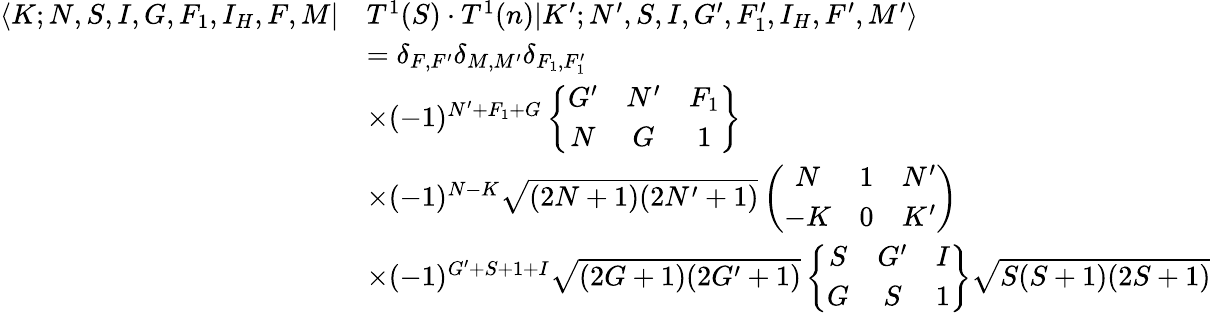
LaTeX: \begin{array}{rl}{\langle K;N,S,I,G,F_{1},I_{H},F,M|}&{T^{1}(S)\cdot T^{1}(n)|K^{\prime};N^{\prime},S,I,G^{\prime},F_{1}^{\prime},I_{H},F^{\prime},M^{\prime}\rangle}\\ &{=\delta_{F,F^{\prime}}\delta_{M,M^{\prime}}\delta_{F_{1},F_{1}^{\prime}}}\\ &{\times(-1)^{N^{\prime}+F_{1}+G}\left\{ \begin{array}{ccc}{G^{\prime}}&{N^{\prime}}&{F_{1}}\\ {N}&{G}&{1}\end{array}\right\} }\\ &{\times(-1)^{N-K}\sqrt{(2N+1)(2N^{\prime}+1)}\left(\begin{array}{ccc}{N}&{1}&{N^{\prime}}\\ {-K}&{0}&{K^{\prime}}\end{array}\right)}\\ &{\times(-1)^{G^{\prime}+S+1+I}\sqrt{(2G+1)(2G^{\prime}+1)}\left\{ \begin{array}{ccc}{S}&{G^{\prime}}&{I}\\ {G}&{S}&{1}\end{array}\right\} \sqrt{S(S+1)(2S+1)}}\end{array}